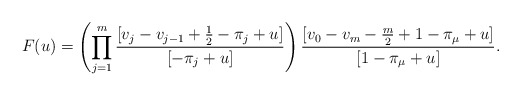
\begin{align*}F(u)=\left(\prod_{j=1}^m\frac{[v_j-v_{j-1}+\frac{1}{2}-\pi_j+u]}{[-\pi_j+u]}\right)\frac{[v_0-v_m-\frac{m}{2}+1-\pi_\mu+u]}{[1-\pi_\mu+u]}.\end{align*}